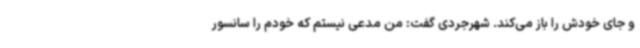
و جای خودش را باز می‌کند. شهرجردی گفت: من مدعی نیستم که خودم را سانسور